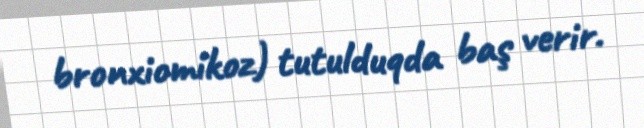
bronxiomikoz) tutulduqda baş verir.